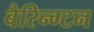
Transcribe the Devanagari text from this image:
बैरिन्ग्टन